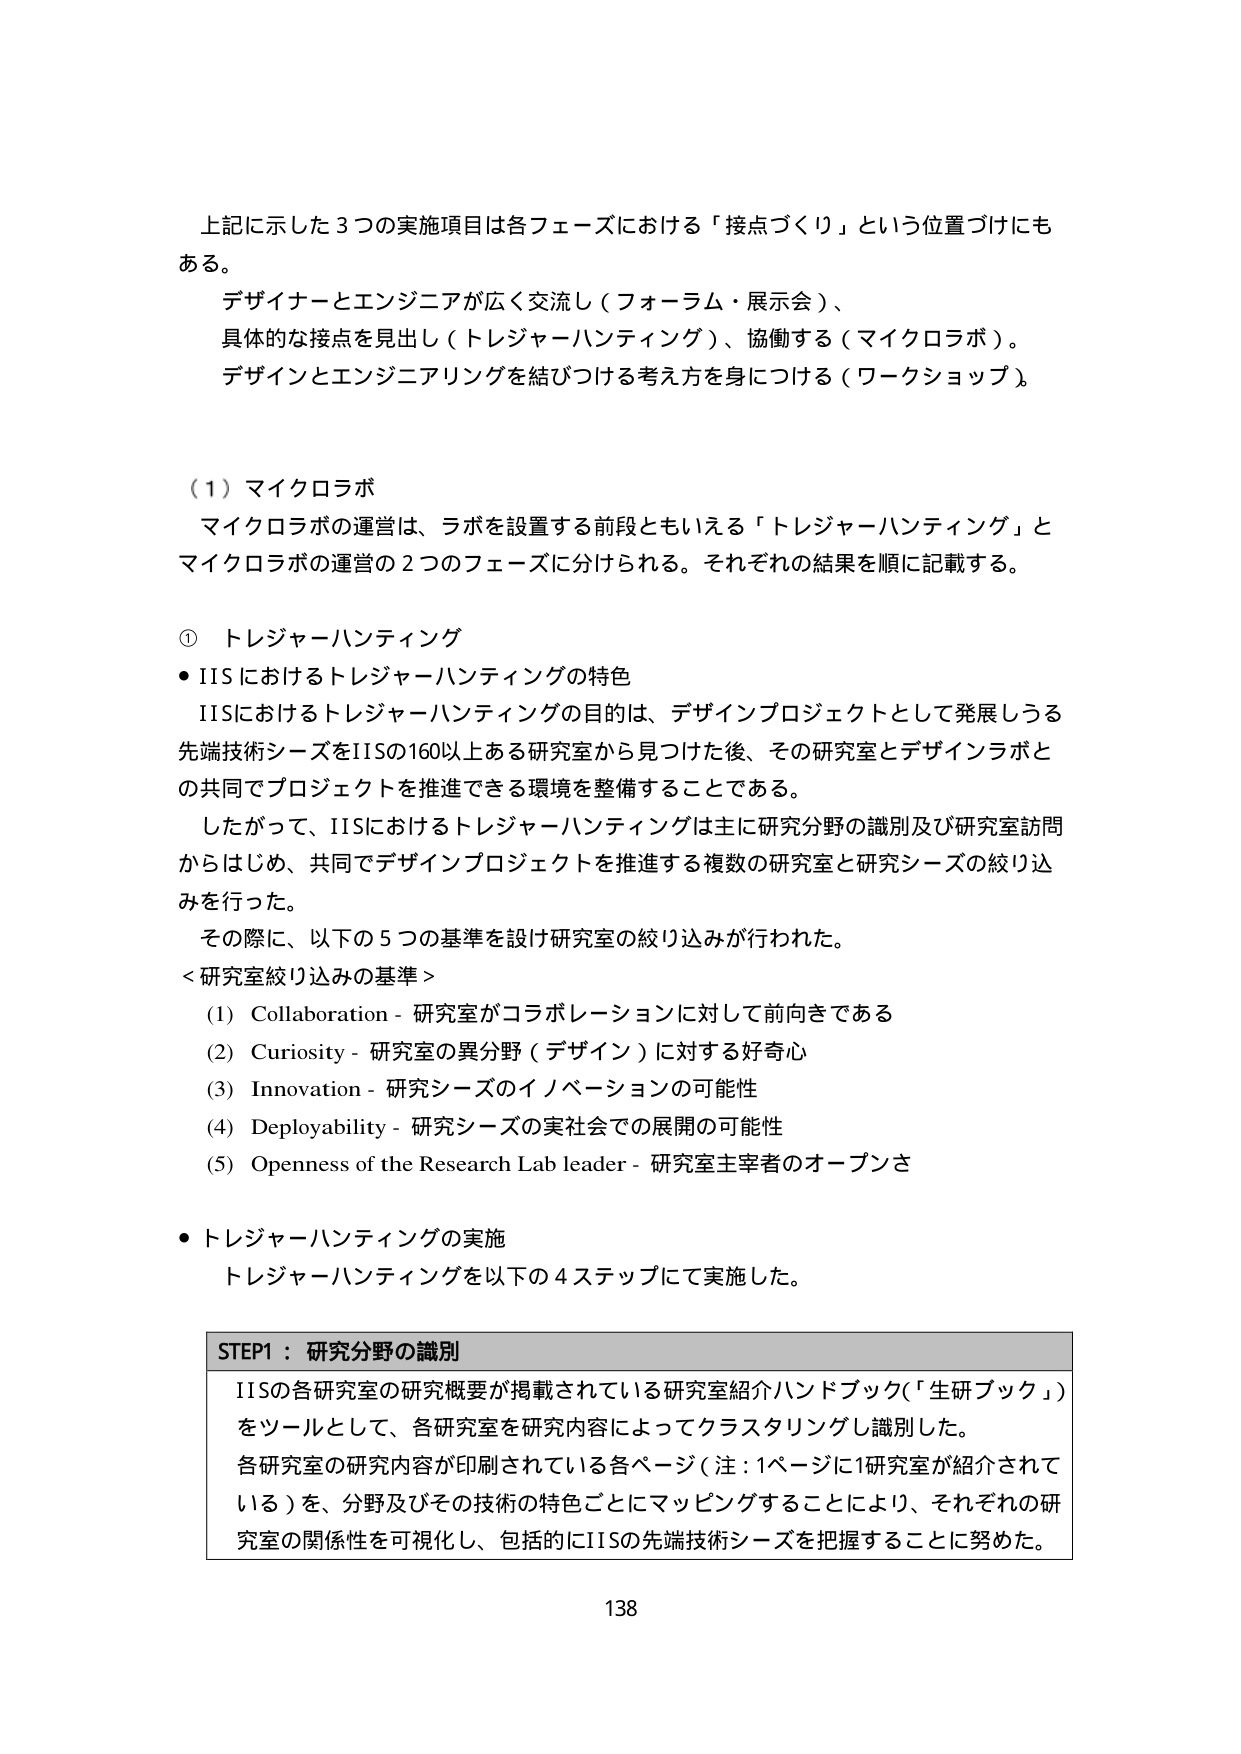
上記に示した３つの実施項目は各フェーズにおける「接点づくり」という位置づけにもある。
デザイナーとエンジニアが広く交流し（フォーラム・展示会）、
具体的な接点を見出し（トレジャーハンティング）、協働する（マイクロラボ）。
デザインとエンジニアリングを結びつける考え方を身につける（ワークショップ）。

（１）マイクロラボ
マイクロラボの運営は、ラボを設置する前段ともいえる「トレジャーハンティング」とマイクロラボの運営の２つのフェーズに分けられる。それぞれの結果を順に記載する。

① トレジャーハンティング
・IISにおけるトレジャーハンティングの特色
IISにおけるトレジャーハンティングの目的は、デザインプロジェクトとして発展しうる先端技術シーズをIISの160以上ある研究室から見つけた後、その研究室とデザインラボとの共同でプロジェクトを推進できる環境を整備することである。
したがって、IISにおけるトレジャーハンティングは主に研究分野の識別及び研究室訪問からはじめ、共同でデザインプロジェクトを推進する複数の研究室と研究シーズの絞り込みを行った。
その際に、以下の５つの基準を設け研究室の絞り込みが行われた。
＜研究室絞り込みの基準＞
(1) Collaboration - 研究室がコラボレーションに対して前向きである
(2) Curiosity - 研究室の異分野（デザイン）に対する好奇心
(3) Innovation - 研究シーズのイノベーションの可能性
(4) Deployability - 研究シーズの実社会での展開の可能性
(5) Openness of the Research Lab leader - 研究室主宰者のオープンさ

・トレジャーハンティングの実施
トレジャーハンティングを以下の４ステップにて実施した。

STEP1：研究分野の識別
IISの各研究室の研究概要が掲載されている研究室紹介ハンドブック（「生研ブック」）をツールとして、各研究室を研究内容によってクラスタリングし識別した。
各研究室の研究内容が印刷されている各ページ（注：1ページに1研究室が紹介されている）を、分野及びその技術の特色ごとにマッピングすることにより、それぞれの研究室の関係性を可視化し、包括的にIISの先端技術シーズを把握することに努めた。

138